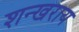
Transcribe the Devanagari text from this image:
शन्खराय